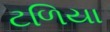
ટળિયા